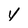
Character: V